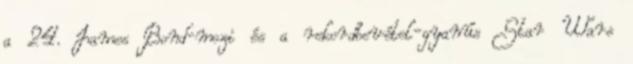
a 24. James Bond-mozi és a rekordbevétel-gyanús Star Wars